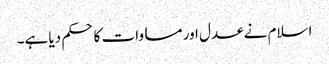
اسلام نے عدل اور مساوات کا حکم دیا ہے۔